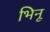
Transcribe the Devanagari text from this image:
भिनू